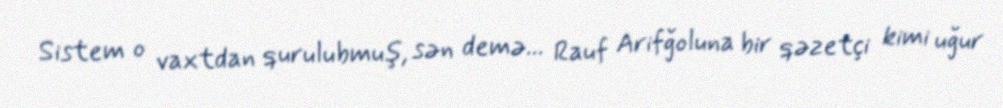
Sistem o vaxtdan qurulubmuş, sən demə... Rauf Arifğoluna bir qəzetçi kimi uğur